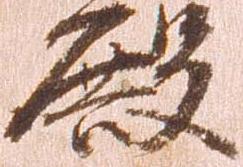
殿